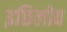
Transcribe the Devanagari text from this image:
इछिलोव